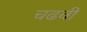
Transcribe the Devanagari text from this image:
चढवी